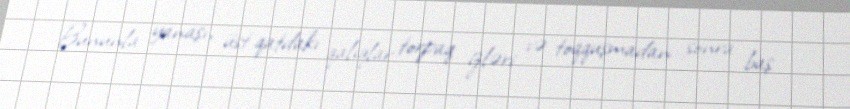
Bununla yanaşı, üst qatdakı qalıqlar torpaq izləri və toqquşmadan sonra baş